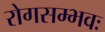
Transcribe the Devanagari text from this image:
रोगसम्भवः